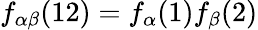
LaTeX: f_{\alpha\beta}(12)=f_{\alpha}(1)f_{\beta}(2)